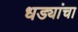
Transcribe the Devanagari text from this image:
धड्यांचा